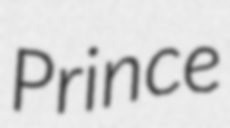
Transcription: Prince